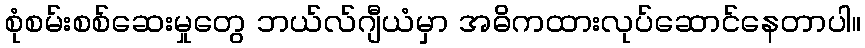
စုံစမ်းစစ်ဆေးမှုတွေ ဘယ်လ်ဂျီယံမှာ အဓိကထားလုပ်ဆောင်နေတာပါ။